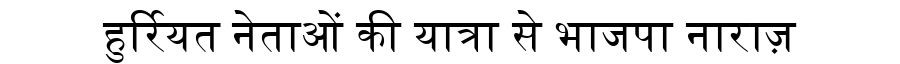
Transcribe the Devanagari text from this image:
हुर्रियत नेताओं की यात्रा से भाजपा नाराज़